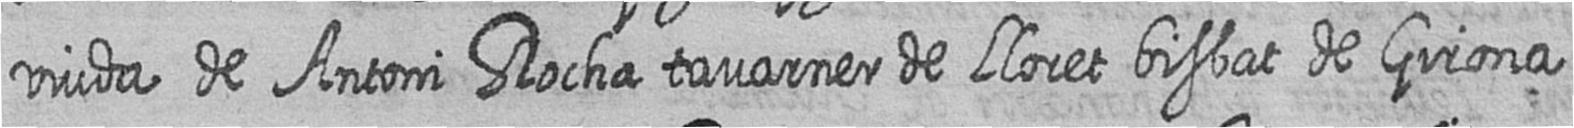
viuda de Antoni Rocha tavarner de LLoret bisbat de Girona